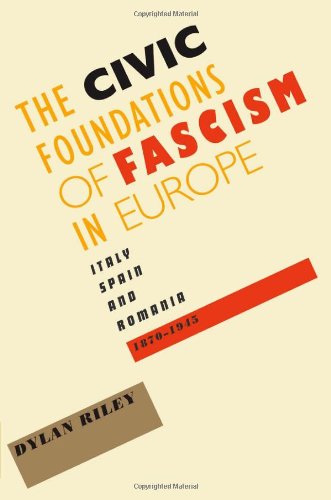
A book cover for The Civic Foundations of Fascism in Europe: Italy, Spain, and Romania, 1870-1945; Dylan Riley; History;